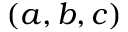
( a , b , c )